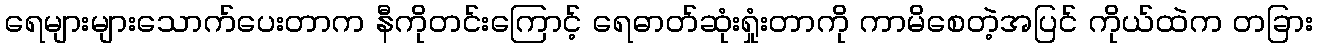
ရေများများသောက်ပေးတာက နီကိုတင်းကြောင့် ရေဓာတ်ဆုံးရှုံးတာကို ကာမိစေတဲ့အပြင် ကိုယ်ထဲက တခြား